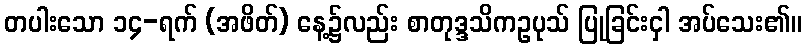
တပါးသော ၁၄-ရက် (အဖိတ်) နေ့၌လည်း စာတုဒ္ဒသိကဥပုသ် ပြုခြင်းငှါ အပ်သေး၏။